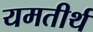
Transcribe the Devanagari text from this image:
यमतीर्थ